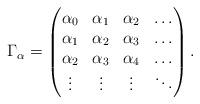
LaTeX: \begin{align*}\Gamma_\alpha=\begin{pmatrix}\alpha_0 & \alpha_1 & \alpha_2 & \ldots\\\alpha_1 & \alpha_2 & \alpha_3 & \ldots\\\alpha_2 & \alpha_3 & \alpha_4 & \ldots\\\vdots & \vdots & \vdots & \ddots\end{pmatrix}.\end{align*}